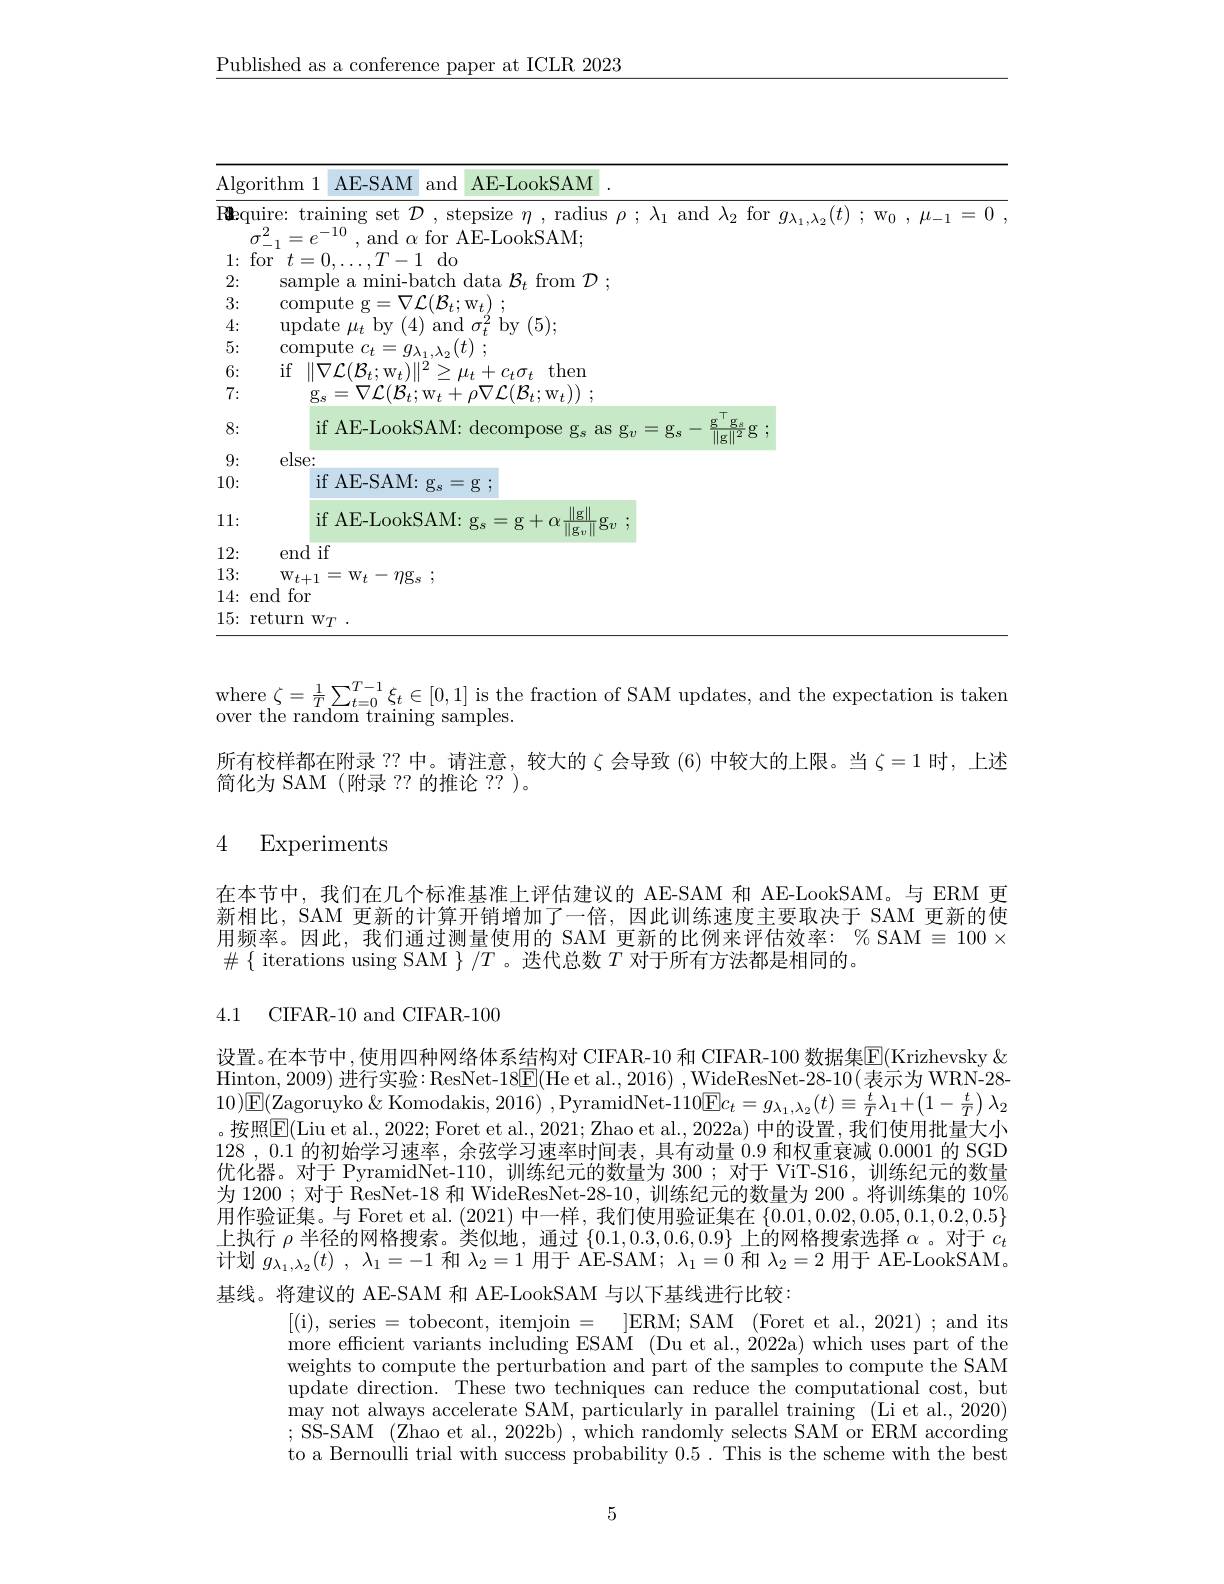
$\underline{\text{Published as a conference paper at ICLR 2023}}$

<table>
	<tbody>
		<tr>
			<td>Algc</td>
			<td> </td>
		</tr>
		<tr>
			<td>Rbq</td>
			<td>0 , $\mu _{- 1}$ = 0</td>
		</tr>
		<tr>
			<td>1:</td>
			<td> </td>
		</tr>
		<tr>
			<td>2:</td>
			<td> </td>
		</tr>
		<tr>
			<td>3:</td>
			<td> </td>
		</tr>
		<tr>
			<td>4:</td>
			<td> </td>
		</tr>
		<tr>
			<td>5:</td>
			<td> </td>
		</tr>
		<tr>
			<td>6:</td>
			<td> </td>
		</tr>
		<tr>
			<td>7:</td>
			<td> </td>
		</tr>
		<tr>
			<td>8:</td>
			<td> </td>
		</tr>
		<tr>
			<td>9:</td>
			<td> </td>
		</tr>
		<tr>
			<td>10:</td>
			<td> </td>
		</tr>
		<tr>
			<td>11:</td>
			<td> </td>
		</tr>
		<tr>
			<td>12:</td>
			<td> </td>
		</tr>
		<tr>
			<td>13:</td>
			<td> </td>
		</tr>
		<tr>
			<td>14:</td>
			<td> </td>
		</tr>
		<tr>
			<td>15:</td>
			<td> </td>
		</tr>
	</tbody>
</table>

where $\zeta=\frac1T\sum_{t=0}^{T-1}\xi_t\in[0,1]$ is the fraction of SAM updates, and the expectation is taken
over the random training samples.
所有校样都在附录 ?? 中。请注意，较大的$\zeta$会导致 (6) 中较大的上限。当$\zeta=1$时，上述
简化为 SAM (附录 ??的推论 ??)。

## 4 Experiments

在本节中，我们在几个标准基准上评估建议的 AE-SAM 和 AE-LookSAM。与 ERM 更新相比，SAM 更新的计算开销增加了一倍，因此训练速度主要取决于 SAM 更新的使用频率。因此，我们通过测量使用的 SAM 更新的比例来评估效率：% SAM $\equiv100\times$ $\#\{$ iterations using SAM $\}/T$ 。迭代总数$T$对于所有方法都是相同的。

4.1 CIFAR-10 and CIFAR-10C

设置。在本节中，使用四种网络体系结构对 CIFAR-10 和 CIFAR-100 数据集$\boxed{\mathrm{E}}($Krizhevsky & Hinton, 2009) 进行实验：ResNet-18$\overline{\mathrm{E}}($He et al., 2016) , WideResNet-28-10(表示为 WRN-28- $10)\boxed{\mathrm{E}}($Zagoruyko & Komodakis, 2016) ,PyramidNet-$110\boxed{\mathrm{E}}c_t=g_{\lambda_1,\lambda_2}(t)\equiv\frac tT\lambda_1+\left(1-\frac tT\right)\lambda_2$ 。按照$\boxed{\mathrm{F}}($Liu et al., 2022; Foret et al., 2021; Zhao et al., 2022a) 中的设置，我们使用批量大小128 , 0.1的初始学习速率 ,余弦学习速率时间表，具有动量0.9和权重衰减0.0001的 SGD 优化器。对于 PyramidNet-110, 训练纪元的数量为 300; 对于 ViT-S16, 训练纪元的数量为 1200 ; 对于 ResNet-18 和 WideResNet-28-10 , 训练纪元的数量为 200 。将训练集的 10% 用作验证集。与 Foret et al. (2021) 中一样，我们使用验证集在$\{0.01,0.02,0.05,0.1,0.2,0.5\}$ 上执行$\rho$半径的网格搜索。类似地，通过$\{0.1,0.3,0.6,0.9\}$上的网格搜索选择$\alpha$ 。对于$c_t$ 十划$g_{\lambda _{1}, \lambda _{2}}( t)$ , $\lambda _{1}= - 1$和$\lambda_{2}=1$用于 AE-SAM; $\lambda _{1}= 0$和$\lambda_{2}=2$用于 AE-LookSAM. 基线。将建议的 AE-SAM 和 AE-LookSAM 与以下基线进行比较：
[(i), series = tobecont, itemjoin = ]ERM; SAM (Foret et al., 2021) ; and its more efficient variants including ESAM (Du et al., 2022a) which uses part of the weights to compute the perturbation and part of the samples to compute the SAM update direction. These two techniques can reduce the computational cost, but may not always accelerate SAM, particularly in parallel training (Li et al., 2020) ; SS-SAM (Zhao et al., 2022b) , which randomly selects SAM or ERM according to a Bernoulli trial with success probability 0.5. This is the scheme with the best

5